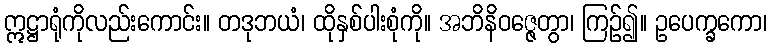
ဣဋ္ဌာရုံကိုလည်းကောင်း။ တဒုဘယံ၊ ထိုနှစ်ပါးစုံကို။ အဘိနိဝဇ္ဇေတွာ၊ ကြဉ်၍။ ဥပေက္ခကော၊